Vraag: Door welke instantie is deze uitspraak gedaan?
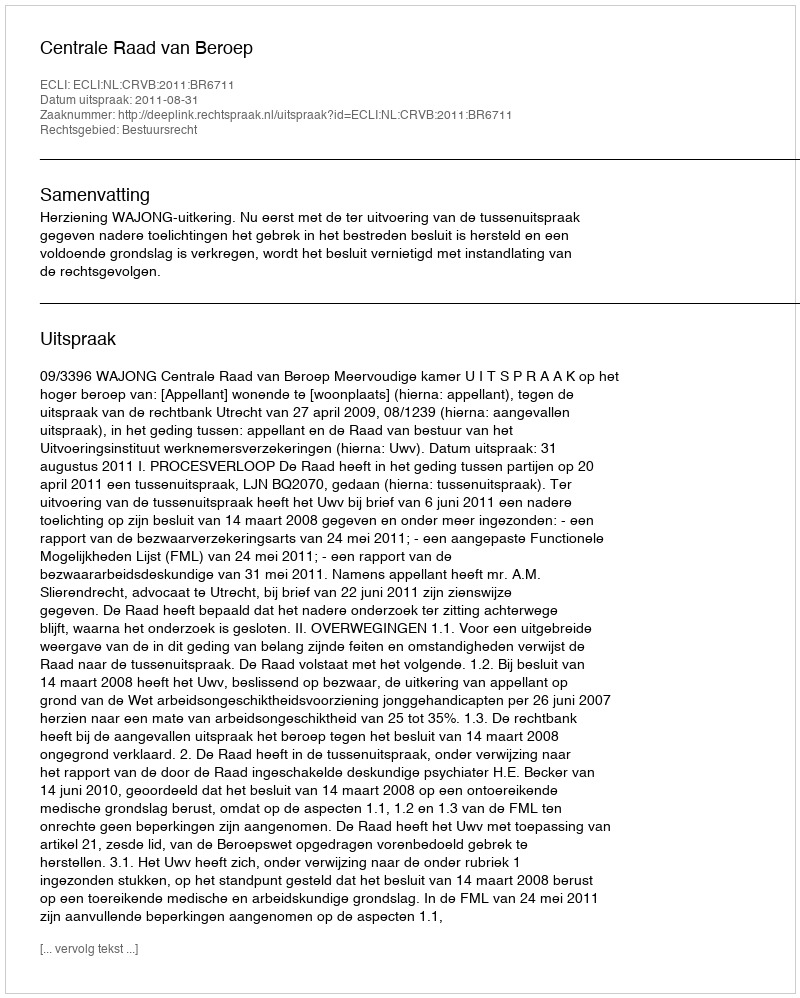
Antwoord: Centrale Raad van Beroep